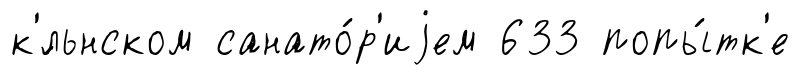
к'́льнском санато́р'иjем 633 попы́тк'е